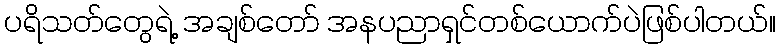
ပရိသတ်တွေရဲ့ အချစ်တော် အနပညာရှင်တစ်ယောက်ပဲဖြစ်ပါတယ်။